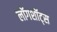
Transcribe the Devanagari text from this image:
लॉगशॉट्स